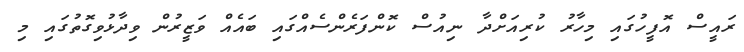
ރައީސް އޮފީހުގައި މިހާރު ކުރިއަށްދާ ނިއުސް ކޮންފަރެންސެއްގައި ބައެއް ވަޒީރުން ވިދާޅުވިގޮތުގައި މި